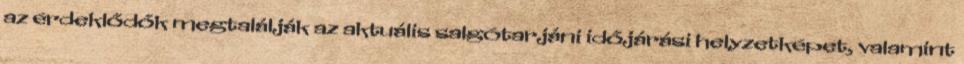
az érdeklődők megtalálják az aktuális salgótarjáni időjárási helyzetképet, valamint